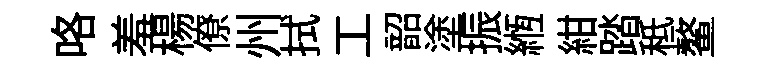
咯羞楊僚州拭工韶塗振縆紺踏秪鳌